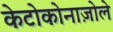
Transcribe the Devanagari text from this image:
केटोकोनाज़ोले